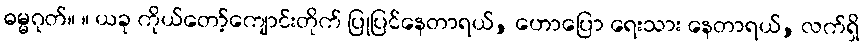
ဓမ္မဂုတ်။ ။ ယခု ကိုယ်တော့်ကျောင်းတိုက် ပြုပြင်နေတာရယ်, ဟောပြော ရေးသား နေတာရယ်, လက်ရှိ